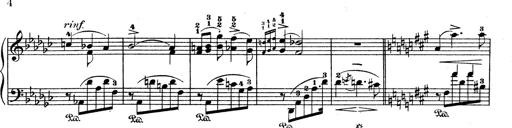
Title: 6 Polish Songs
Composer: Franz Liszt